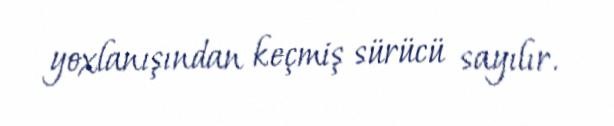
yoxlanışından keçmiş sürücü sayılır.